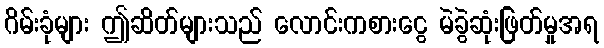
ဂိမ်းခုံများ ဤဆိတ်များသည် လောင်းကစားငွေ မဲခွဲဆုံးဖြတ်မှုအရ